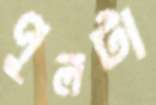
পুলটা